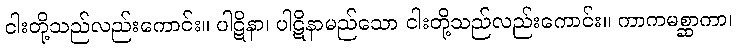
ငါးတို့သည်လည်းကောင်း။ ပါဋိနာ၊ ပါဋိနာမည်သော ငါးတို့သည်လည်းကောင်း။ ကာကမစ္ဆာကာ၊